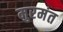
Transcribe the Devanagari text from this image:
मुरमंत